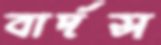
বার্দস